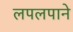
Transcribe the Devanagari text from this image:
लपलपाने